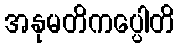
အနုမတိကပ္ပေါတိ